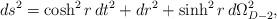
LaTeX: \begin{align*}ds^2 = \cosh^2 r\, dt^2 + dr^2 + \sinh^2 r \, d\Omega_{D-2}^2,\end{align*}